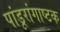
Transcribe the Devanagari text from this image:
पांडूरांगाष्टक